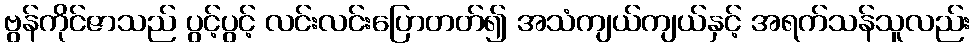
ဗွန်ကိုင်ဇာသည် ပွင့်ပွင့် လင်းလင်းပြောတတ်၍ အသံကျယ်ကျယ်နှင့် အရက်သန်သူလည်း